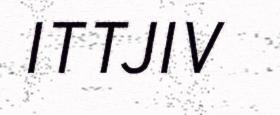
ITTJIV